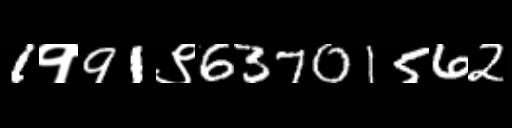
Text: 1१91९63701562